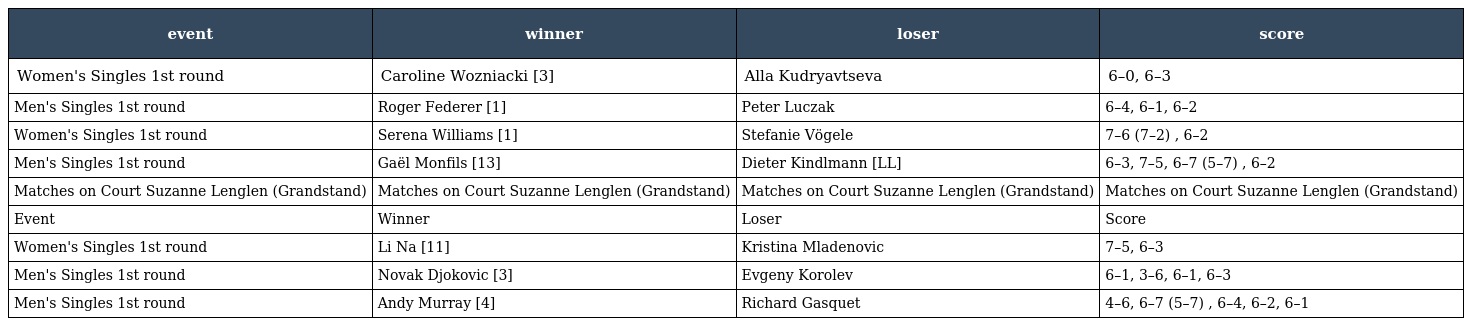
| event | winner | loser | score |
 | --- | --- | --- | --- |
 | Women's Singles 1st round | Caroline Wozniacki [3] | Alla Kudryavtseva | 6–0, 6–3 |
 | Men's Singles 1st round | Roger Federer [1] | Peter Luczak | 6–4, 6–1, 6–2 |
 | Women's Singles 1st round | Serena Williams [1] | Stefanie Vögele | 7–6 (7–2) , 6–2 |
 | Men's Singles 1st round | Gaël Monfils [13] | Dieter Kindlmann [LL] | 6–3, 7–5, 6–7 (5–7) , 6–2 |
 | Matches on Court Suzanne Lenglen (Grandstand) | Matches on Court Suzanne Lenglen (Grandstand) | Matches on Court Suzanne Lenglen (Grandstand) | Matches on Court Suzanne Lenglen (Grandstand) |
 | Event | Winner | Loser | Score |
 | Women's Singles 1st round | Li Na [11] | Kristina Mladenovic | 7–5, 6–3 |
 | Men's Singles 1st round | Novak Djokovic [3] | Evgeny Korolev | 6–1, 3–6, 6–1, 6–3 |
 | Men's Singles 1st round | Andy Murray [4] | Richard Gasquet | 4–6, 6–7 (5–7) , 6–4, 6–2, 6–1 |